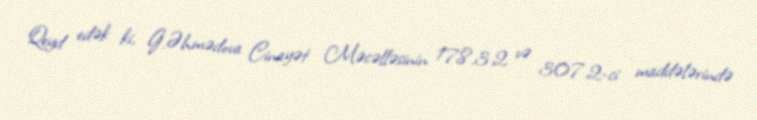
Qeyd edək ki, G.Əhmədova Cinayət Məcəlləsinin 178.3.2 və 307.2-ci maddələrində